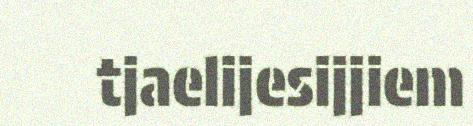
tjaelijesijjiem